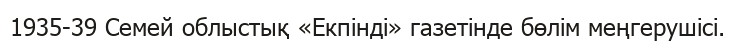
1935-39 Семей облыстық «Екпінді» газетінде бөлім меңгерушісі.